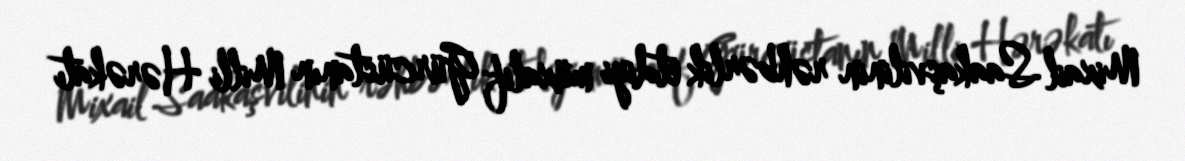
Mixail Saakaşvilinin rəhbərlik etdiyi müxalif Gürcüstanın Milli Hərəkatı